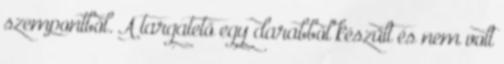
szempontból. A targatető egy darabból készült és nem volt